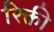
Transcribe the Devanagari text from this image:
रिक्ती